Indian journal of veterinary science and animal husbandry - Volume 11,
Year: 1941
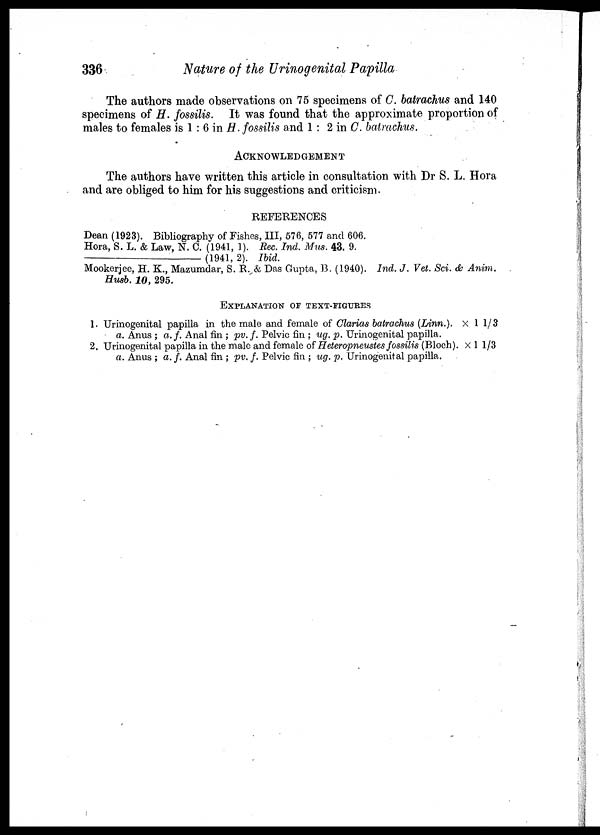
336
Nature of the Urinogenital Papilla
The authors made observations on 75 specimens of C. batrachus and 140
specimens of H. fossilis. It was found that the approximate proportion of
males to females is 1 : 6 in H. fossilis and 1 : 2 in C. batrachus.
ACKNOWLEGEMENT
The authors have written this article in consultation with Dr S. L. Hora
and are obliged to him for his suggestions and criticism.
REFERENCES
Dean (1923). Bibliography of Fishes, III, 576, 577 and 606.
Hora, S. L. & Law, N. C. (1941, 1). Rec. Ind. Mus. 43. 9.
—
(1941, 2). Ibid.
Mookerjee, H. K., Mazumdar, S. R. & Das Gupta, B. (1940). Ind. J. Vet. Sci. & Anim.
Husb. 10, 295.
EXPLANATION OF TEXT-FIGURES
1. Urinogenital papilla in the male and female of Clarias batrachus (Linn.). × 1 ⅓
a. Anus ; a. f. Anal fin ; pv. f. Pelvic fin ; ug. p. Urinogenital papilla.
2. Urinogenital papilla in the male and female of Heteropneustes fossilis (Bloch). × 1 ⅓
a. Anus ; a. f. Anal fin ; pv. f. Pelvic fin ; ug. p. Urinogenital papilla.